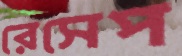
রেসেপ